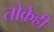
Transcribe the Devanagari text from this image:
तोकेही